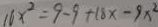
1 6 x ^ { 2 } = 9 - 9 + 1 8 x - 9 x ^ { 2 }